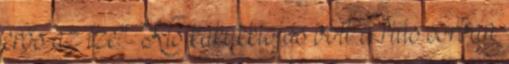
erős az íze." Kis kakukktojás volt a fiús sorban